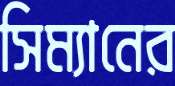
সিম্যানের